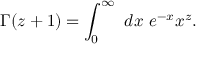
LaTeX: \Gamma ( z + 1 ) = \int _ { 0 } ^ { \infty } \, \, d x \, \, e ^ { - x } x ^ { z } .